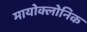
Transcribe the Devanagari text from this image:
मायोक्लोनिक